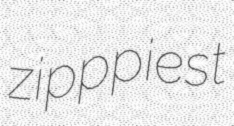
zipppiest